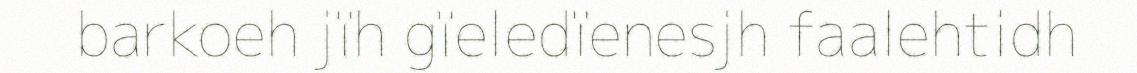
barkoeh jïh gïeledïenesjh faalehtidh